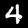
Digit: 4